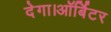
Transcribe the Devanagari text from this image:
देगा।ऑर्बिटर